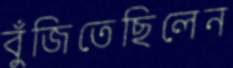
বুঁজিতেছিলেন